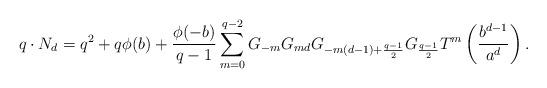
LaTeX: \begin{align*}q\cdot N_d&=q^2+q\phi(b)+\frac{\phi(-b)}{q-1}\sum_{m=0}^{q-2}G_{-m}G_{md}G_{-m(d-1)+\frac{q-1}{2}}G_{\frac{q-1}{2}}T^{m}\left(\frac{b^{d-1}}{a^d}\right).\end{align*}